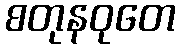
စတုနဝုတေ